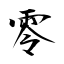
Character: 零